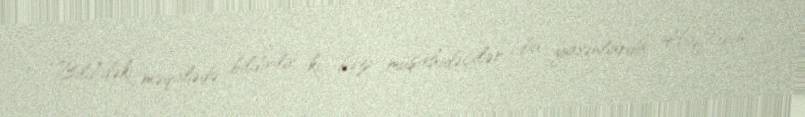
“Bild”dəki məqalədə bildirilir ki, bəzi müşahidəçilər bu yaxınlarda Haftarın